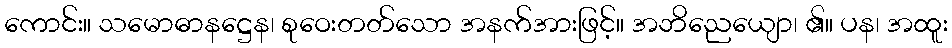
ကောင်း။ သမောဓာနဋ္ဌေန၊ စုဝေးတတ်သော အနက်အားဖြင့်။ အဘိညေယျော၊ ၏။ ပန၊ အထူး